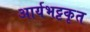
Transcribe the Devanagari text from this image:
आर्यभट्टकृत